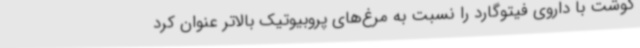
گوشت با داروی فیتوگارد را نسبت به مرغ‌های پروبیوتیک بالاتر عنوان کرد